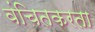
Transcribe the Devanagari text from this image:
वंचितकरता